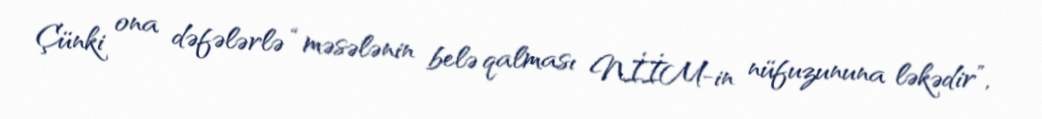
Çünki ona dəfələrlə “məsələnin belə qalması NİİM-in nüfuzununa ləkədir”,